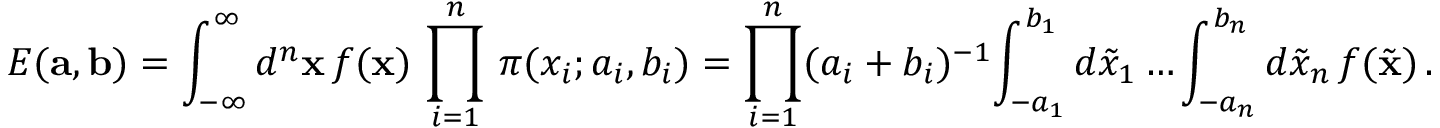
E ( { \bf a } , { \bf b } ) = \int _ { - \infty } ^ { \infty } d ^ { n } { \bf x } \, f ( { \bf x } ) \, \prod _ { i = 1 } ^ { n } \, \pi ( x _ { i } ; a _ { i } , b _ { i } ) = \prod _ { i = 1 } ^ { n } ( a _ { i } + b _ { i } ) ^ { - 1 } \! \int _ { - a _ { 1 } } ^ { b _ { 1 } } d \tilde { x } _ { 1 } \dots \int _ { - a _ { n } } ^ { b _ { n } } d \tilde { x } _ { n } \, f ( \tilde { \bf x } ) \, .